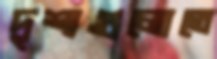
দৃশ্যগুলোতে